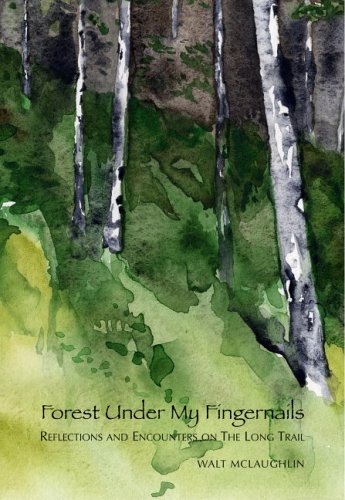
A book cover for Forest Under My Fingernails: Reflections and Encounters on the Long Trail; Walt McLaughlin; Travel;